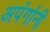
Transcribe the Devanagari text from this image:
अपंगांनी